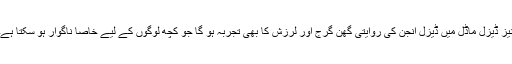
نیز ڈیزل ماڈل میں ڈیزل انجن کی روایتی گھن گرج اور لرزش کا بھی تجربہ ہو گا جو کچھ لوگوں کے لیے خاصا ناگوار ہو سکتا ہے۔